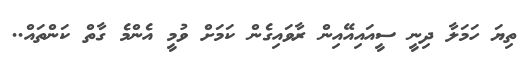
ތިޔަ ހަމަލާ ދިނީ ސީއައިއޭއިން ރާވައިގެން ކަމަށް ވުމީ އެންމެ ގާތް ކަންތައް..